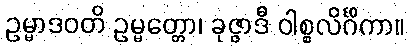
ဥမ္မာဒဝတိ ဥမ္မတ္တော၊ ခုဇ္ဇာဒီ ဝါစ္စလိင်္ဂိကာ။